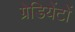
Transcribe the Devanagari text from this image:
ग्रेडियेंटों